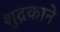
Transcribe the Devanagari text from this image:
शुद्रकाने